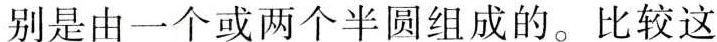
别是由一个或两个半圆组成的。比较这